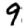
Digit: 9